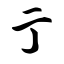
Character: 亍